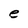
Character: e